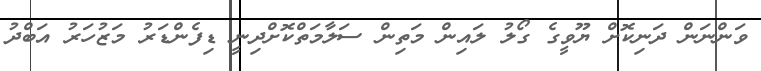
ވަންނަން ދަނިކޮށް ޔޫވީގެ ގޯލު ލައިން މަތިން ސަލާމަތްކޮށްދިނީ ޑިފެންޑަރު މަޒުހަރު އަބްދު